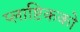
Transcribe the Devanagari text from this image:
प्लाष्टिकको